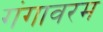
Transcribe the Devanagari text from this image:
गंगावरम